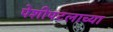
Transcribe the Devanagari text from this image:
पेशीपटलाच्या